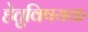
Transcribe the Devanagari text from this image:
हेतुविषयक